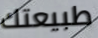
طبيعتك